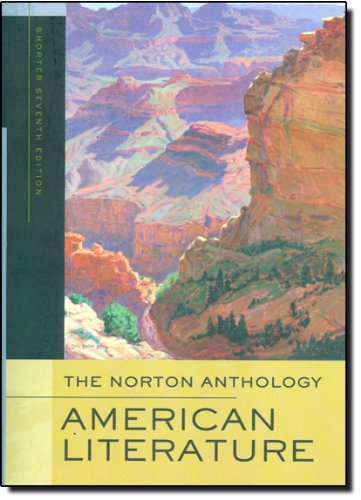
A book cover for The Norton Anthology of American Literature (Shorter Seventh Edition); Literature & Fiction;